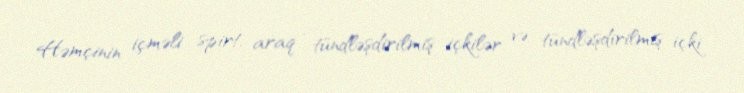
Həmçinin içməli spirt, araq , tündləşdirilmiş içkilər və tündləşdirilmiş içki